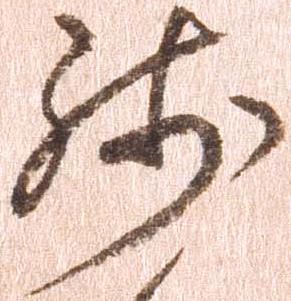
残